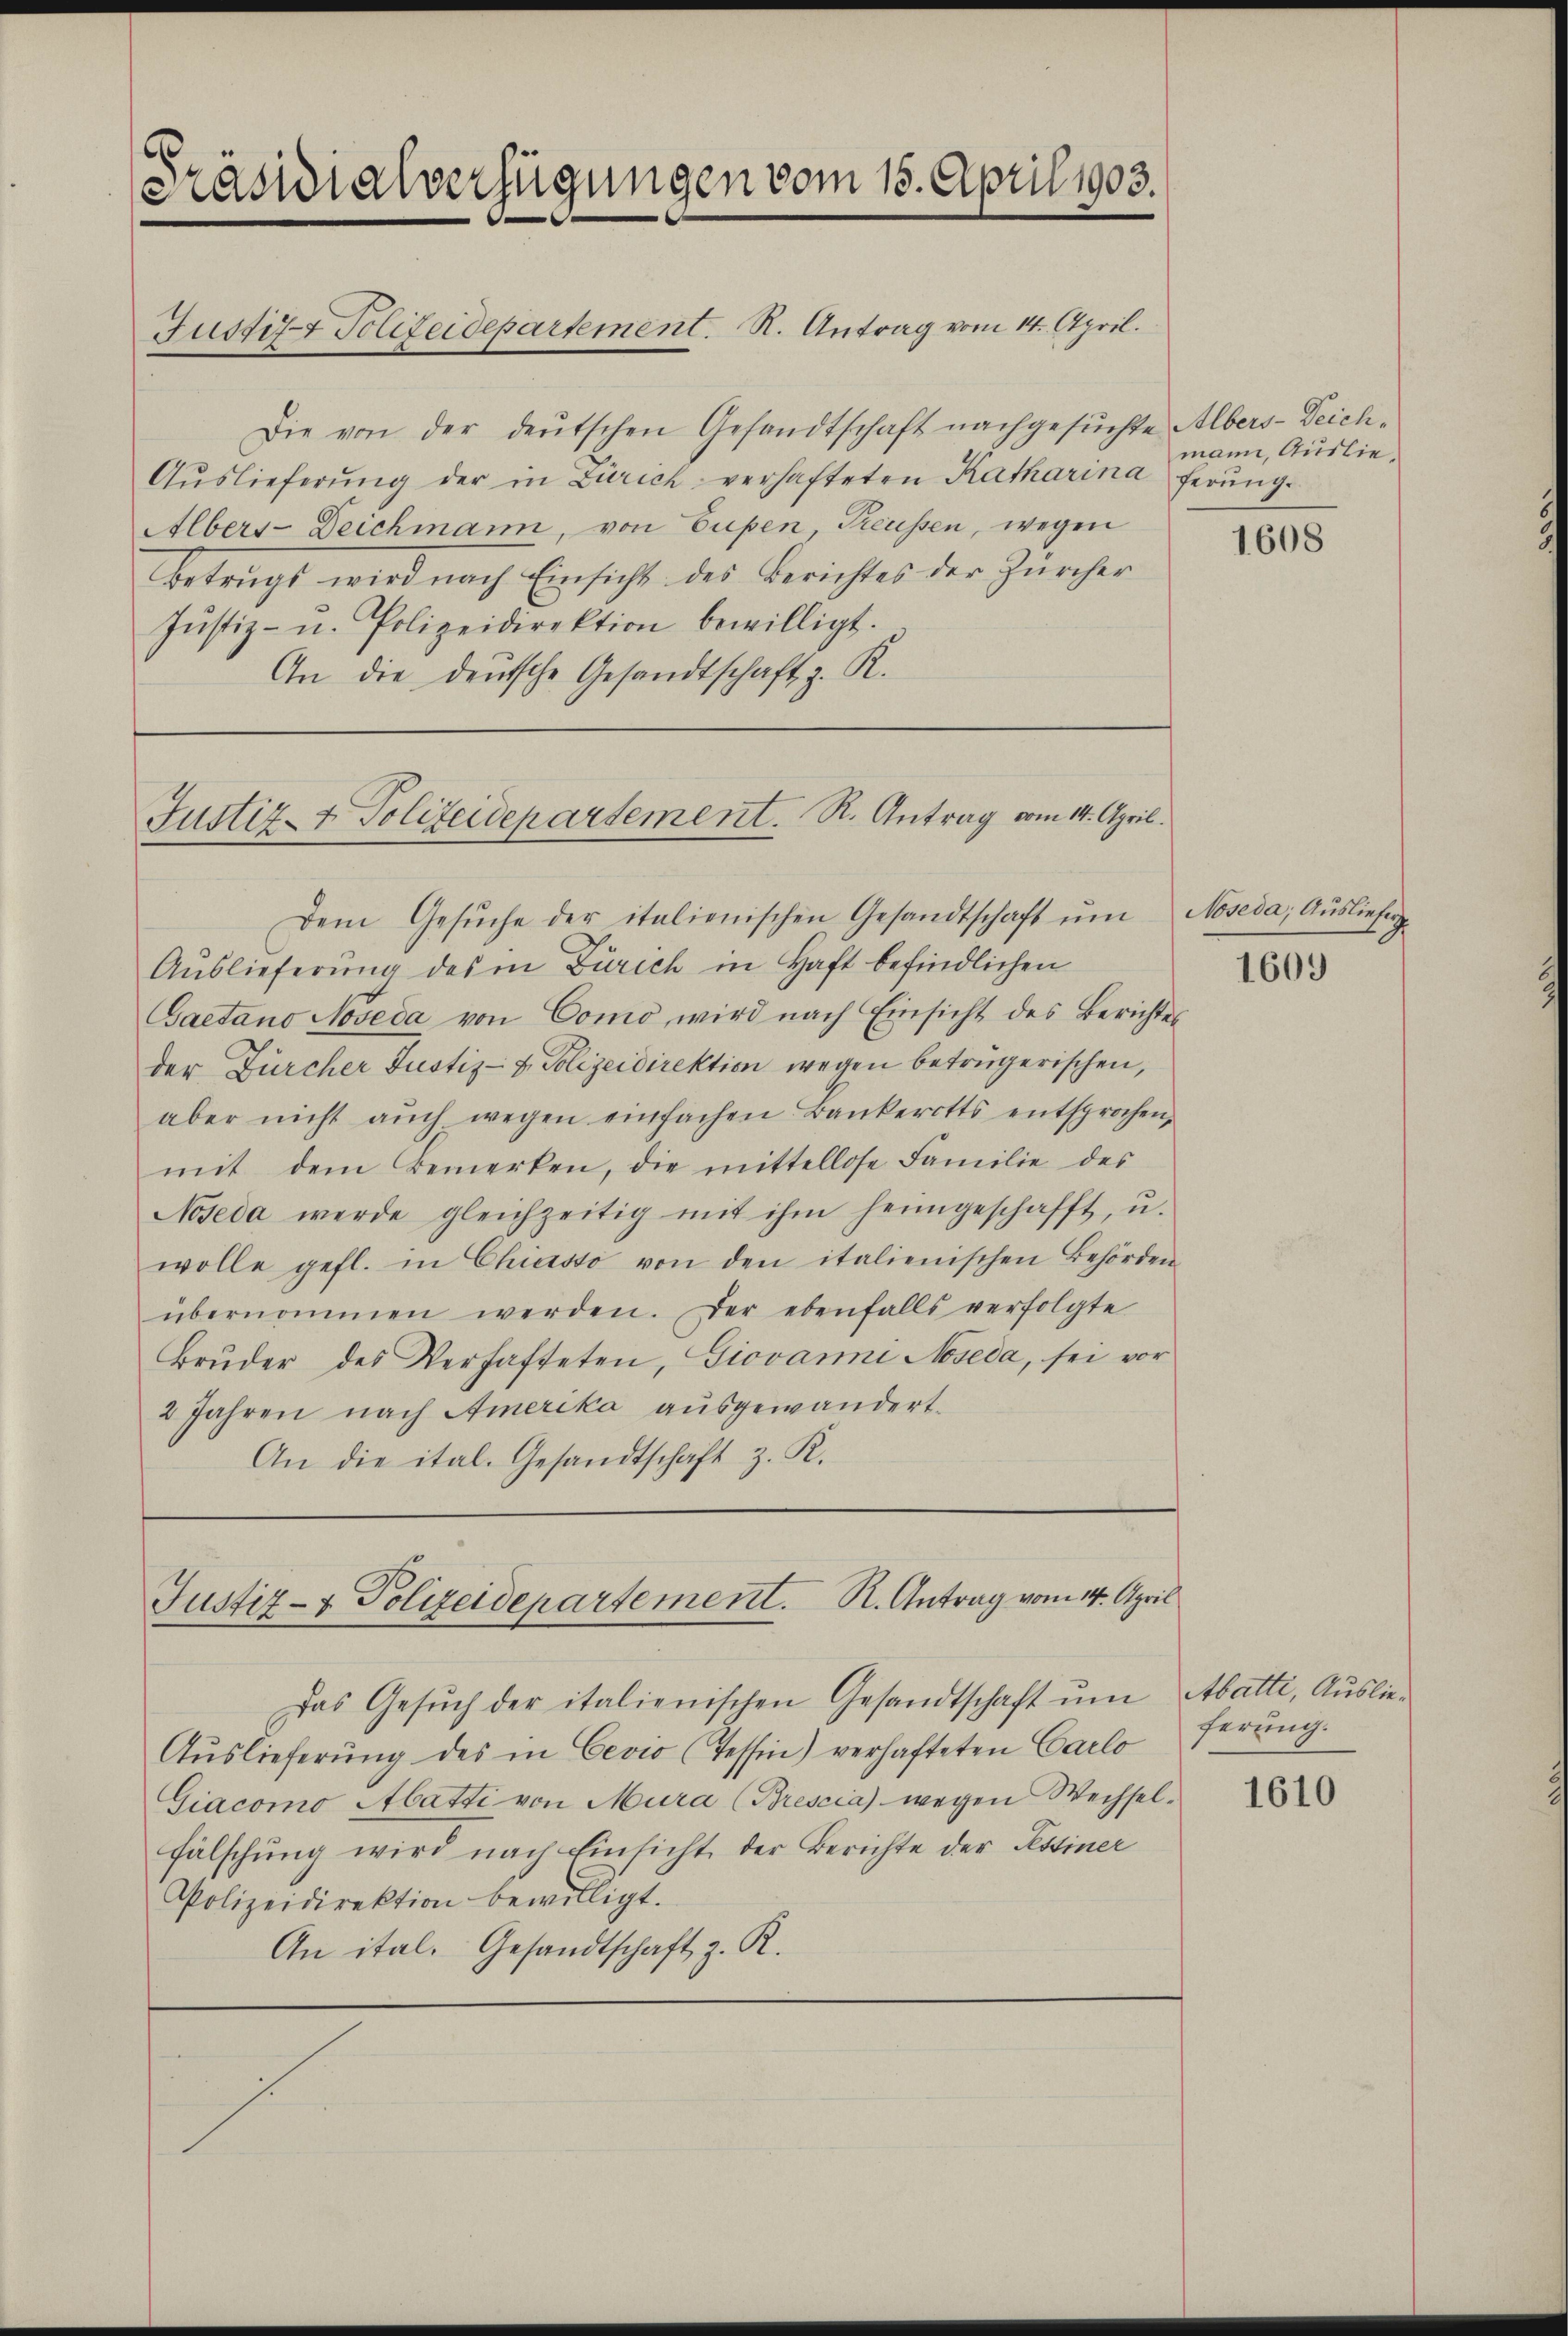
Präsidialverfügungen vom 15. April 1903.

Justiz- & Polizeidepartement. R. Antrag vom 14. April.

Justiz- & Polizeidepartement. R. Antrag vom 14. April.

Die von der deutschen Gesandtschaft nachgesuchte Albers-Zeich¬
Aŭslieferŭng der in Zürich verhafteten Katharina ferung
Albers-Deichmann, von Gusen, Preussen, wegen
Betrugt wird nach Einsicht des Berichtes der Zürcher
Jŭstiz- u. Polizeidirektion bewilligt.
An die deutsche Gesandtschaft z. R.

Dem Gesŭche der italienischen Gesandtschaft ŭm Moseda, Aŭsliefer-
Auslieferung des in Zürich in Haft befindlichen
Gaetano Noveda von Como wird nach Einsicht des Berichtes
der Zürcher Justiz- & Polizeidirektion wegen betrügerischen,
aber nicht aŭch wegen einfachen Bankerotts entsprochen,
mit dem Bemerken, die mittellose Familie des
Noseda werde gleichzeitig mit ihm heimgeschafft, u.
wolle gefl. in Chiasso von den italienischen Behörden
übernommen werden. Der ebenfalls verfolgte
Brŭder des Verhafteten, Giovanni Moseda, sei vor
2 Jahren nach Amerika ausgewandert.
An die ital. Gesandtschaft z. K.

Das Gesŭch der italienischen Gesandtschaft ŭm Abatte, Auslie¬
Auslieferung des in Cevio (Tessin) verhafteten Carlo
Giacomo Abatti von Mura (Brescia) wegen Wechselfälschung wird nach Einsicht der Berichte der Restiner
Polizeidirektion bewilligt.
An ital. Gesandtschaft z. R.

Justiz- & Polizeidepartement. R. Antrag vom 14. April

mann, Auslie¬

1608

1609

1610

ferung.